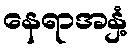
နေရာအနှံ့